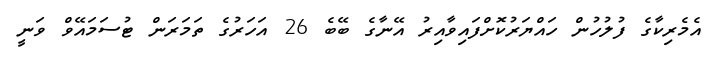
އެމެރިކާގެ ފުލުހުން ހައްޔަރުކޮށްފައިވާއިރު އޭނާގެ ބޭބެ 26 އަހަރުގެ ތަމަރަން ޓުސަމައޭވް ވަނީ